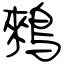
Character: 鶆